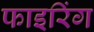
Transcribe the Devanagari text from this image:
फाइरिंग